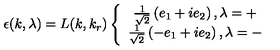
\epsilon ( k , \lambda ) = L ( k , k _ { r } ) \left\{ \begin{array} { c } { \frac { 1 } { \sqrt { 2 } } \left( e _ { 1 } + i e _ { 2 } \right) , \lambda = + } \\ { \frac { 1 } { \sqrt { 2 } } \left( - e _ { 1 } + i e _ { 2 } \right) , \lambda = - } \\ \end{array} \right.